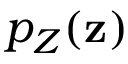
p _ { Z } ( \mathbf { z } )